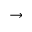
\rightarrow